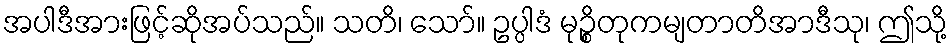
အပါဒီအားဖြင့်ဆိုအပ်သည်။ သတိ၊ သော်။ ဥပ္ပါဒံ မုဉ္စိတုကမျတာတိအာဒီသု၊ ဤသို့